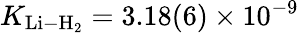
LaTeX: K_{\mathrm{Li-H}_{2}}=3.18(6)\times 10^{-9}